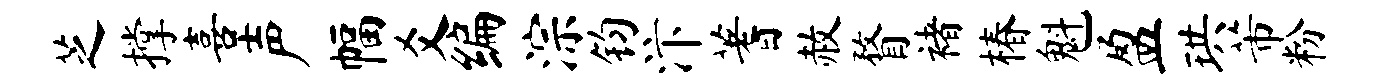
芝撑喜声幅爻编淙钧汴蓍赦瞀褚椿魁盈珙芾粉